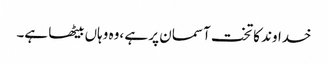
خداوند کا تخت آسمان پر ہے ،وہ وہاں بیٹھا ہے۔